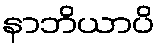
နာဘိယာပိ